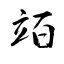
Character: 竡